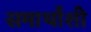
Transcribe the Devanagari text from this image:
समार्थांशी